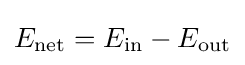
E_{\mathrm {net} }=E_{\mathrm {in} }-E_{\mathrm {out} }